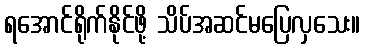
ရအောင်ရိုက်နိုင်ဖို့ သိပ်အဆင်မပြေလှသေး။